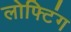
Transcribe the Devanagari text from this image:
लोफ्टिंग